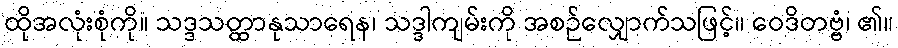
ထိုအလုံးစုံကို။ သဒ္ဒသတ္ထာနုသာရေန၊ သဒ္ဒါကျမ်းကို အစဉ်လျှောက်သဖြင့်။ ဝေဒိတဗ္ဗံ၊ ၏။